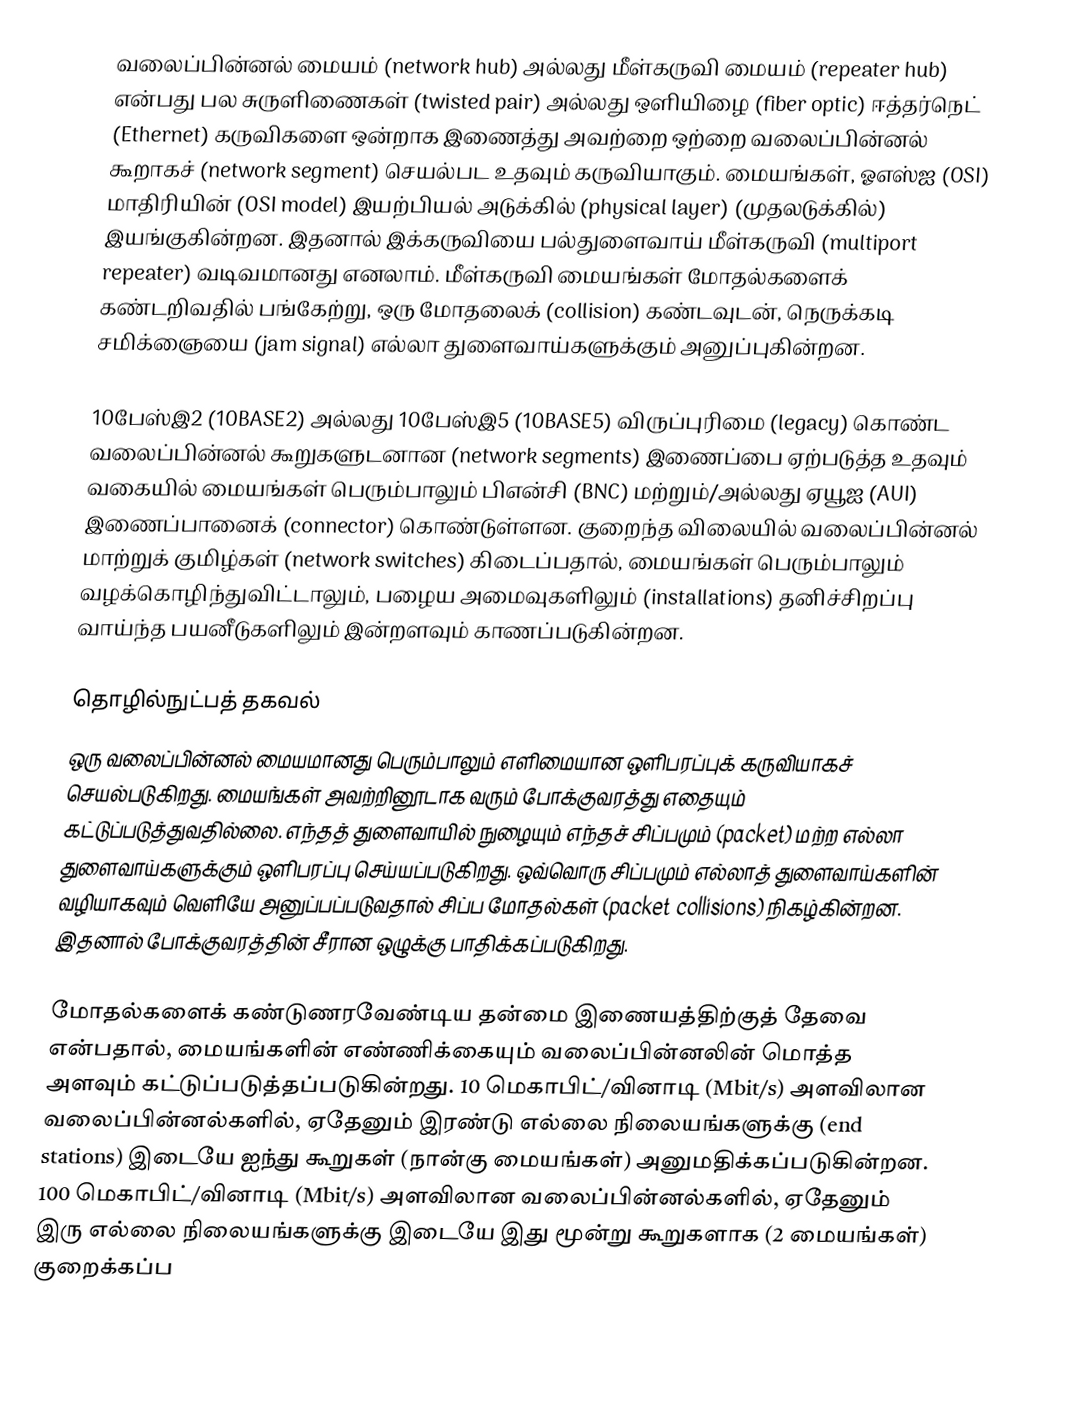
வலைப்பின்னல் மையம் (network hub) அல்லது மீள்கருவி மையம் (repeater hub) என்பது பல சுருளிணைகள் (twisted pair) அல்லது ஒளியிழை (fiber optic) ஈத்தர்நெட் (Ethernet) கருவிகளை ஒன்றாக இணைத்து அவற்றை ஒற்றை வலைப்பின்னல் கூறாகச் (network segment) செயல்பட உதவும் கருவியாகும். மையங்கள், ஓஎஸ்ஐ (OSI)  மாதிரியின் (OSI model) இயற்பியல் அடுக்கில் (physical layer) (முதலடுக்கில்) இயங்குகின்றன. இதனால் இக்கருவியை பல்துளைவாய் மீள்கருவி (multiport repeater) வடிவமானது எனலாம். மீள்கருவி மையங்கள் மோதல்களைக் கண்டறிவதில் பங்கேற்று, ஒரு மோதலைக் (collision) கண்டவுடன், நெருக்கடி சமிக்ஞையை (jam signal) எல்லா துளைவாய்களுக்கும் அனுப்புகின்றன.

10பேஸ்இ2 (10BASE2) அல்லது 10பேஸ்இ5 (10BASE5) விருப்புரிமை (legacy) கொண்ட வலைப்பின்னல் கூறுகளுடனான (network segments) இணைப்பை ஏற்படுத்த உதவும் வகையில் மையங்கள் பெரும்பாலும் பிஎன்சி (BNC) மற்றும்/அல்லது ஏயூஐ (AUI) இணைப்பானைக் (connector) கொண்டுள்ளன. குறைந்த விலையில் வலைப்பின்னல் மாற்றுக் குமிழ்கள் (network switches) கிடைப்பதால், மையங்கள் பெரும்பாலும் வழக்கொழிந்துவிட்டாலும்,  பழைய அமைவுகளிலும் (installations) தனிச்சிறப்பு வாய்ந்த பயனீடுகளிலும் இன்றளவும் காணப்படுகின்றன.

தொழில்நுட்பத் தகவல்
ஒரு வலைப்பின்னல் மையமானது பெரும்பாலும் எளிமையான ஒளிபரப்புக் கருவியாகச் செயல்படுகிறது. மையங்கள் அவற்றினூடாக வரும் போக்குவரத்து எதையும் கட்டுப்படுத்துவதில்லை. எந்தத் துளைவாயில் நுழையும் எந்தச் சிப்பமும் (packet) மற்ற எல்லா துளைவாய்களுக்கும் ஒளிபரப்பு செய்யப்படுகிறது. ஒவ்வொரு சிப்பமும் எல்லாத் துளைவாய்களின் வழியாகவும் வெளியே அனுப்பப்படுவதால் சிப்ப மோதல்கள் (packet collisions) நிகழ்கின்றன. இதனால் போக்குவரத்தின் சீரான ஒழுக்கு பாதிக்கப்படுகிறது.

மோதல்களைக் கண்டுணரவேண்டிய தன்மை இணையத்திற்குத் தேவை என்பதால், மையங்களின் எண்ணிக்கையும் வலைப்பின்னலின் மொத்த அளவும் கட்டுப்படுத்தப்படுகின்றது. 10 மெகாபிட்/வினாடி (Mbit/s) அளவிலான வலைப்பின்னல்களில், ஏதேனும் இரண்டு எல்லை நிலையங்களுக்கு (end stations) இடையே ஐந்து கூறுகள் (நான்கு மையங்கள்) அனுமதிக்கப்படுகின்றன. 100 மெகாபிட்/வினாடி (Mbit/s) அளவிலான வலைப்பின்னல்களில், ஏதேனும் இரு எல்லை நிலையங்களுக்கு இடையே இது மூன்று கூறுகளாக (2 மையங்கள்) குறைக்கப்ப